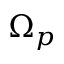
\Omega _ { p }